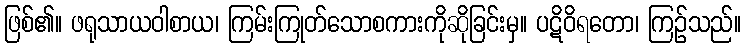
ဖြစ်၏။ ဖရုသာယဝါစာယ၊ ကြမ်းကြုတ်သောစကားကိုဆိုခြင်းမှ။ ပဋိဝိရတော၊ ကြဉ်သည်။